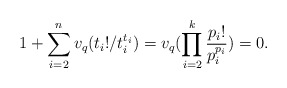
\begin{align*}1+ \sum_{i = 2}^n v_q(t_i!/t_i^{t_i}) = v_q(\prod_{i = 2}^k\frac{p_i!}{p_i^{p_i}}) = 0.\end{align*}